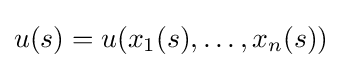
u(s)=u(x_{1}(s),\dots ,x_{n}(s))